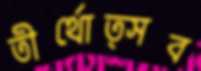
তীর্থোত্সব